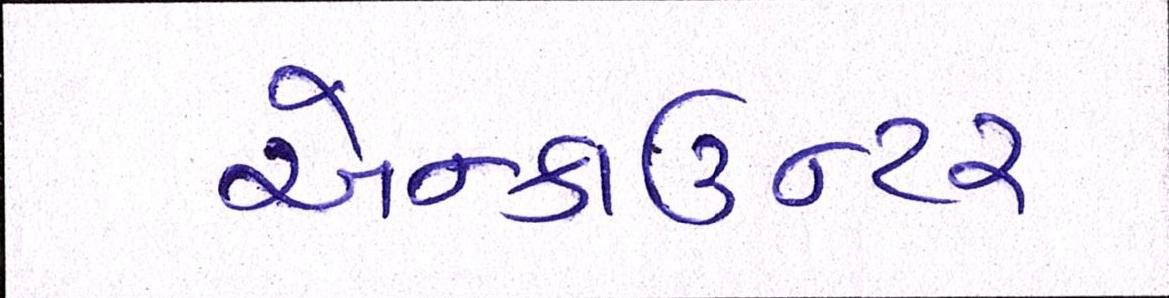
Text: એન્કાઉન્ટર